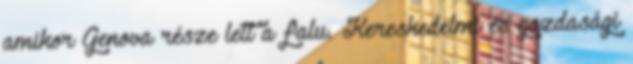
amikor Genova része lett a falu. Kereskedelmi és gazdasági